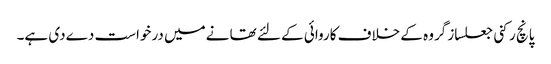
پانچ رکنی جعلساز گروہ کے خلاف کاروائی کے لئے تھا نےمیں درخواست دےدی ہے۔